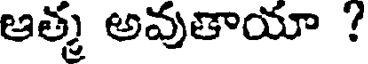
ఆత్మ అవుతాయా ?